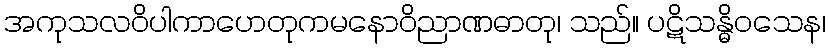
အကုသလဝိပါကာဟေတုကမနောဝိညာဏဓာတု၊ သည်။ ပဋိသန္ဓိဝသေန၊